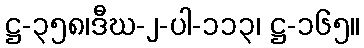
ဋ္ဌ-၃၅၈၊ဒီဃ-၂-ပါ-၁၁၃၊ ဋ္ဌ-၁၆၅။